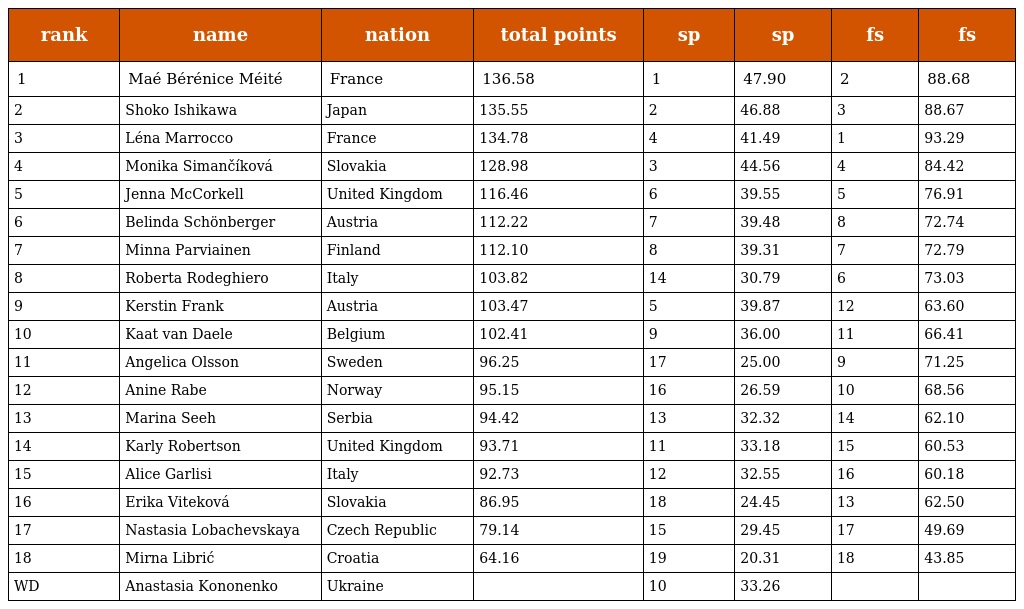
| rank | name | nation | total points | sp | sp | fs | fs |
 | --- | --- | --- | --- | --- | --- | --- | --- |
 | 1 | Maé Bérénice Méité | France | 136.58 | 1 | 47.90 | 2 | 88.68 |
 | 2 | Shoko Ishikawa | Japan | 135.55 | 2 | 46.88 | 3 | 88.67 |
 | 3 | Léna Marrocco | France | 134.78 | 4 | 41.49 | 1 | 93.29 |
 | 4 | Monika Simančíková | Slovakia | 128.98 | 3 | 44.56 | 4 | 84.42 |
 | 5 | Jenna McCorkell | United Kingdom | 116.46 | 6 | 39.55 | 5 | 76.91 |
 | 6 | Belinda Schönberger | Austria | 112.22 | 7 | 39.48 | 8 | 72.74 |
 | 7 | Minna Parviainen | Finland | 112.10 | 8 | 39.31 | 7 | 72.79 |
 | 8 | Roberta Rodeghiero | Italy | 103.82 | 14 | 30.79 | 6 | 73.03 |
 | 9 | Kerstin Frank | Austria | 103.47 | 5 | 39.87 | 12 | 63.60 |
 | 10 | Kaat van Daele | Belgium | 102.41 | 9 | 36.00 | 11 | 66.41 |
 | 11 | Angelica Olsson | Sweden | 96.25 | 17 | 25.00 | 9 | 71.25 |
 | 12 | Anine Rabe | Norway | 95.15 | 16 | 26.59 | 10 | 68.56 |
 | 13 | Marina Seeh | Serbia | 94.42 | 13 | 32.32 | 14 | 62.10 |
 | 14 | Karly Robertson | United Kingdom | 93.71 | 11 | 33.18 | 15 | 60.53 |
 | 15 | Alice Garlisi | Italy | 92.73 | 12 | 32.55 | 16 | 60.18 |
 | 16 | Erika Viteková | Slovakia | 86.95 | 18 | 24.45 | 13 | 62.50 |
 | 17 | Nastasia Lobachevskaya | Czech Republic | 79.14 | 15 | 29.45 | 17 | 49.69 |
 | 18 | Mirna Librić | Croatia | 64.16 | 19 | 20.31 | 18 | 43.85 |
 | WD | Anastasia Kononenko | Ukraine |  | 10 | 33.26 |  |  |